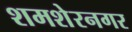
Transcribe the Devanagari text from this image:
शमशेरनगर